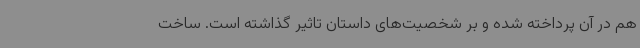
هم در آن پرداخته شده و بر شخصیت‌های داستان تاثیر گذاشته است. ساخت